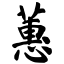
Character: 蕙